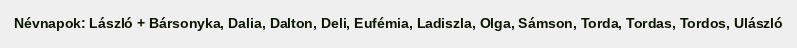
Névnapok: László + Bársonyka, Dalia, Dalton, Deli, Eufémia, Ladiszla, Olga, Sámson, Torda, Tordas, Tordos, Ulászló